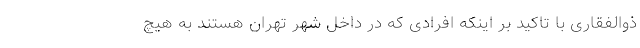
ذوالفقاری با تاکید بر اینکه افرادی که در داخل شهر تهران هستند به هیچ